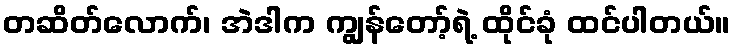
တဆိတ်လောက်၊ အဲဒါက ကျွန်တော့်ရဲ့ ထိုင်ခုံ ထင်ပါတယ်။